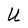
Character: U